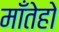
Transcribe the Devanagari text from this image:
माँतेहो